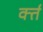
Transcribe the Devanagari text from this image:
र्क्त